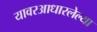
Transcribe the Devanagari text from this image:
यावरआधारलेल्या